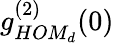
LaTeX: g_{HOM_{d}}^{(2)}(0)